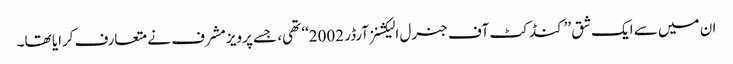
ان میں سے ایک شق ’’کنڈکٹ آف جنرل الیکشنز آرڈر 2002‘‘ تھی، جسے پرویز مشرف نے متعارف کرایا تھا۔